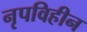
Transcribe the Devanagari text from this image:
नृपविहीन